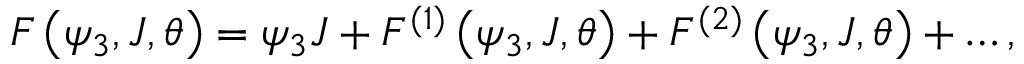
F \left( \psi _ { 3 } , J , \theta \right) = \psi _ { 3 } J + F ^ { ( 1 ) } \left( \psi _ { 3 } , J , \theta \right) + F ^ { ( 2 ) } \left( \psi _ { 3 } , J , \theta \right) + \ldots ,